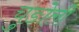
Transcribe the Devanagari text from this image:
चुङोली